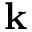
\mathbf { k }